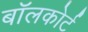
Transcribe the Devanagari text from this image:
बॉलकोर्ट